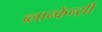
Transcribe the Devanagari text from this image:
ब्लान्केन्सी